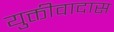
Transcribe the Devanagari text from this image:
युक्तीवादास